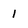
Character: 1